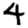
Digit: 4